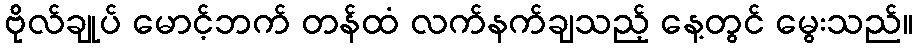
ဗိုလ်ချုပ် မောင့်ဘက် တန်ထံ လက်နက်ချသည့် နေ့တွင် မွေးသည်။